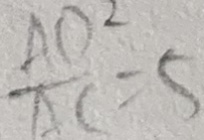
\frac { A O ^ { 2 } } { A C } = 5